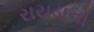
રાયડાનો